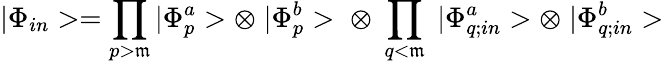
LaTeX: |\Phi_{in}>=\prod_{p>\mathfrak{m}}|\Phi_{p}^{a}>\otimes\; |\Phi_{p}^{b}>\; \otimes\; \prod_{q<\mathfrak{m}}\; |\Phi_{q;in}^{a}>\otimes\; |\Phi_{q;in}^{b}>